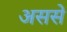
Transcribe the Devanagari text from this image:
अससे